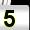
Digit: 5